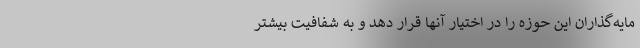
مایه‌گذاران این حوزه را در اختیار آنها قرار دهد و به شفافیت بیشتر